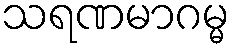
သရဏမာဂမ္မ